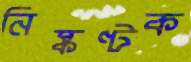
নিষ্কণ্টক